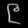
Digit: ၉